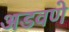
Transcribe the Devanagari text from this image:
अडवणे